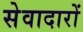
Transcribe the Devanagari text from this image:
सेवादारों